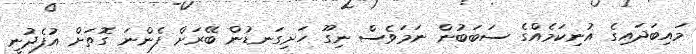
މައިބަދައިގެ އުނިކަމެއްގެ ސަބަބުން ނަމަވެސް ނިގޫ ހަށިގަނޑުން ބޭރަށް ފެންނަ ގޮތަށް އުފެދުނީ